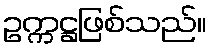
ဥက္ကဋ္ဌဖြစ်သည်။